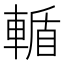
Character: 輴